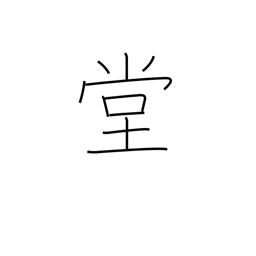
Meaning: public chamber